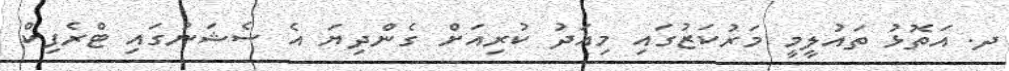
ދ. އަތޮޅު ތައުލީމީ މަރުކަޒުގައި މިއަދު ކުރިއަށް ގެންދިޔަ އެ ސެޝަނުގައި ޓްރެފިކް